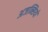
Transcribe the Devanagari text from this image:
अजन्सियों